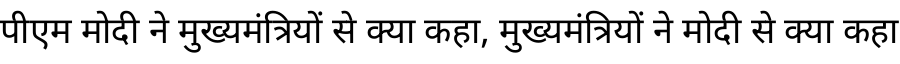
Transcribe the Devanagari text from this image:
पीएम मोदी ने मुख्यमंत्रियों से क्या कहा, मुख्यमंत्रियों ने मोदी से क्या कहा